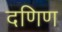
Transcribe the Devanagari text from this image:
दणिण